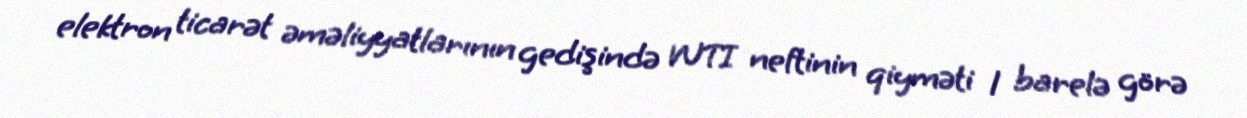
elektron ticarət əməliyyatlarının gedişində WTI neftinin qiyməti 1 barelə görə